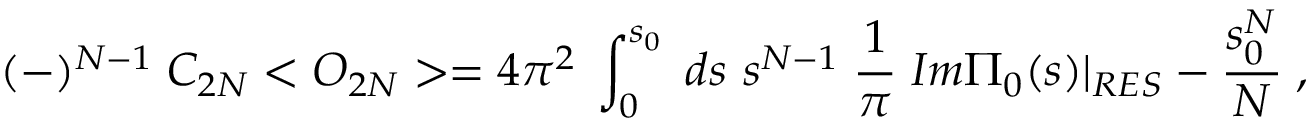
( - ) ^ { N - 1 } \; C _ { 2 N } < O _ { 2 N } > = 4 \pi ^ { 2 } \; \int _ { 0 } ^ { s _ { 0 } } \; d s \, \, s ^ { N - 1 } \; \frac { 1 } { \pi } \; I m \Pi _ { 0 } ( s ) | _ { R E S } - \frac { s _ { 0 } ^ { N } } { N } \; ,